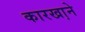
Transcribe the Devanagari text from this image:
कारखा़ने